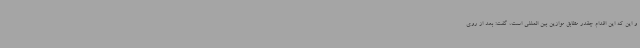
و این که این اقدام چقدر مطابق موازین بین المللی است، گفت: بعد از روی